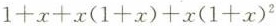
$$1+x+x(1+x)+x(1+x)^{2}